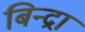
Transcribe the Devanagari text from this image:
बिन्द्रा